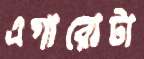
এগারোটা